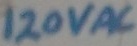
Text: 120VAC